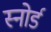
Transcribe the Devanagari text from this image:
स्नोर्ड